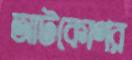
আটকোণর